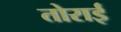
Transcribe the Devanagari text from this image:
तोराई